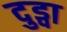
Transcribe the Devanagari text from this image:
दुड्वा